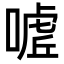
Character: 𭊌